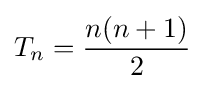
T_{n}={\frac {n(n+1)}{2}}